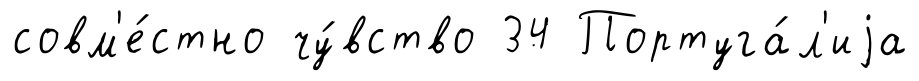
совм'е́стно чу́вство 34 Португа́л'иjа